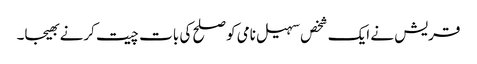
قریش نے ایک شخص سہیل نامی کو صلح کی بات چیت کرنے بھیجا۔